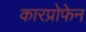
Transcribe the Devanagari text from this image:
कारप्रोफेन